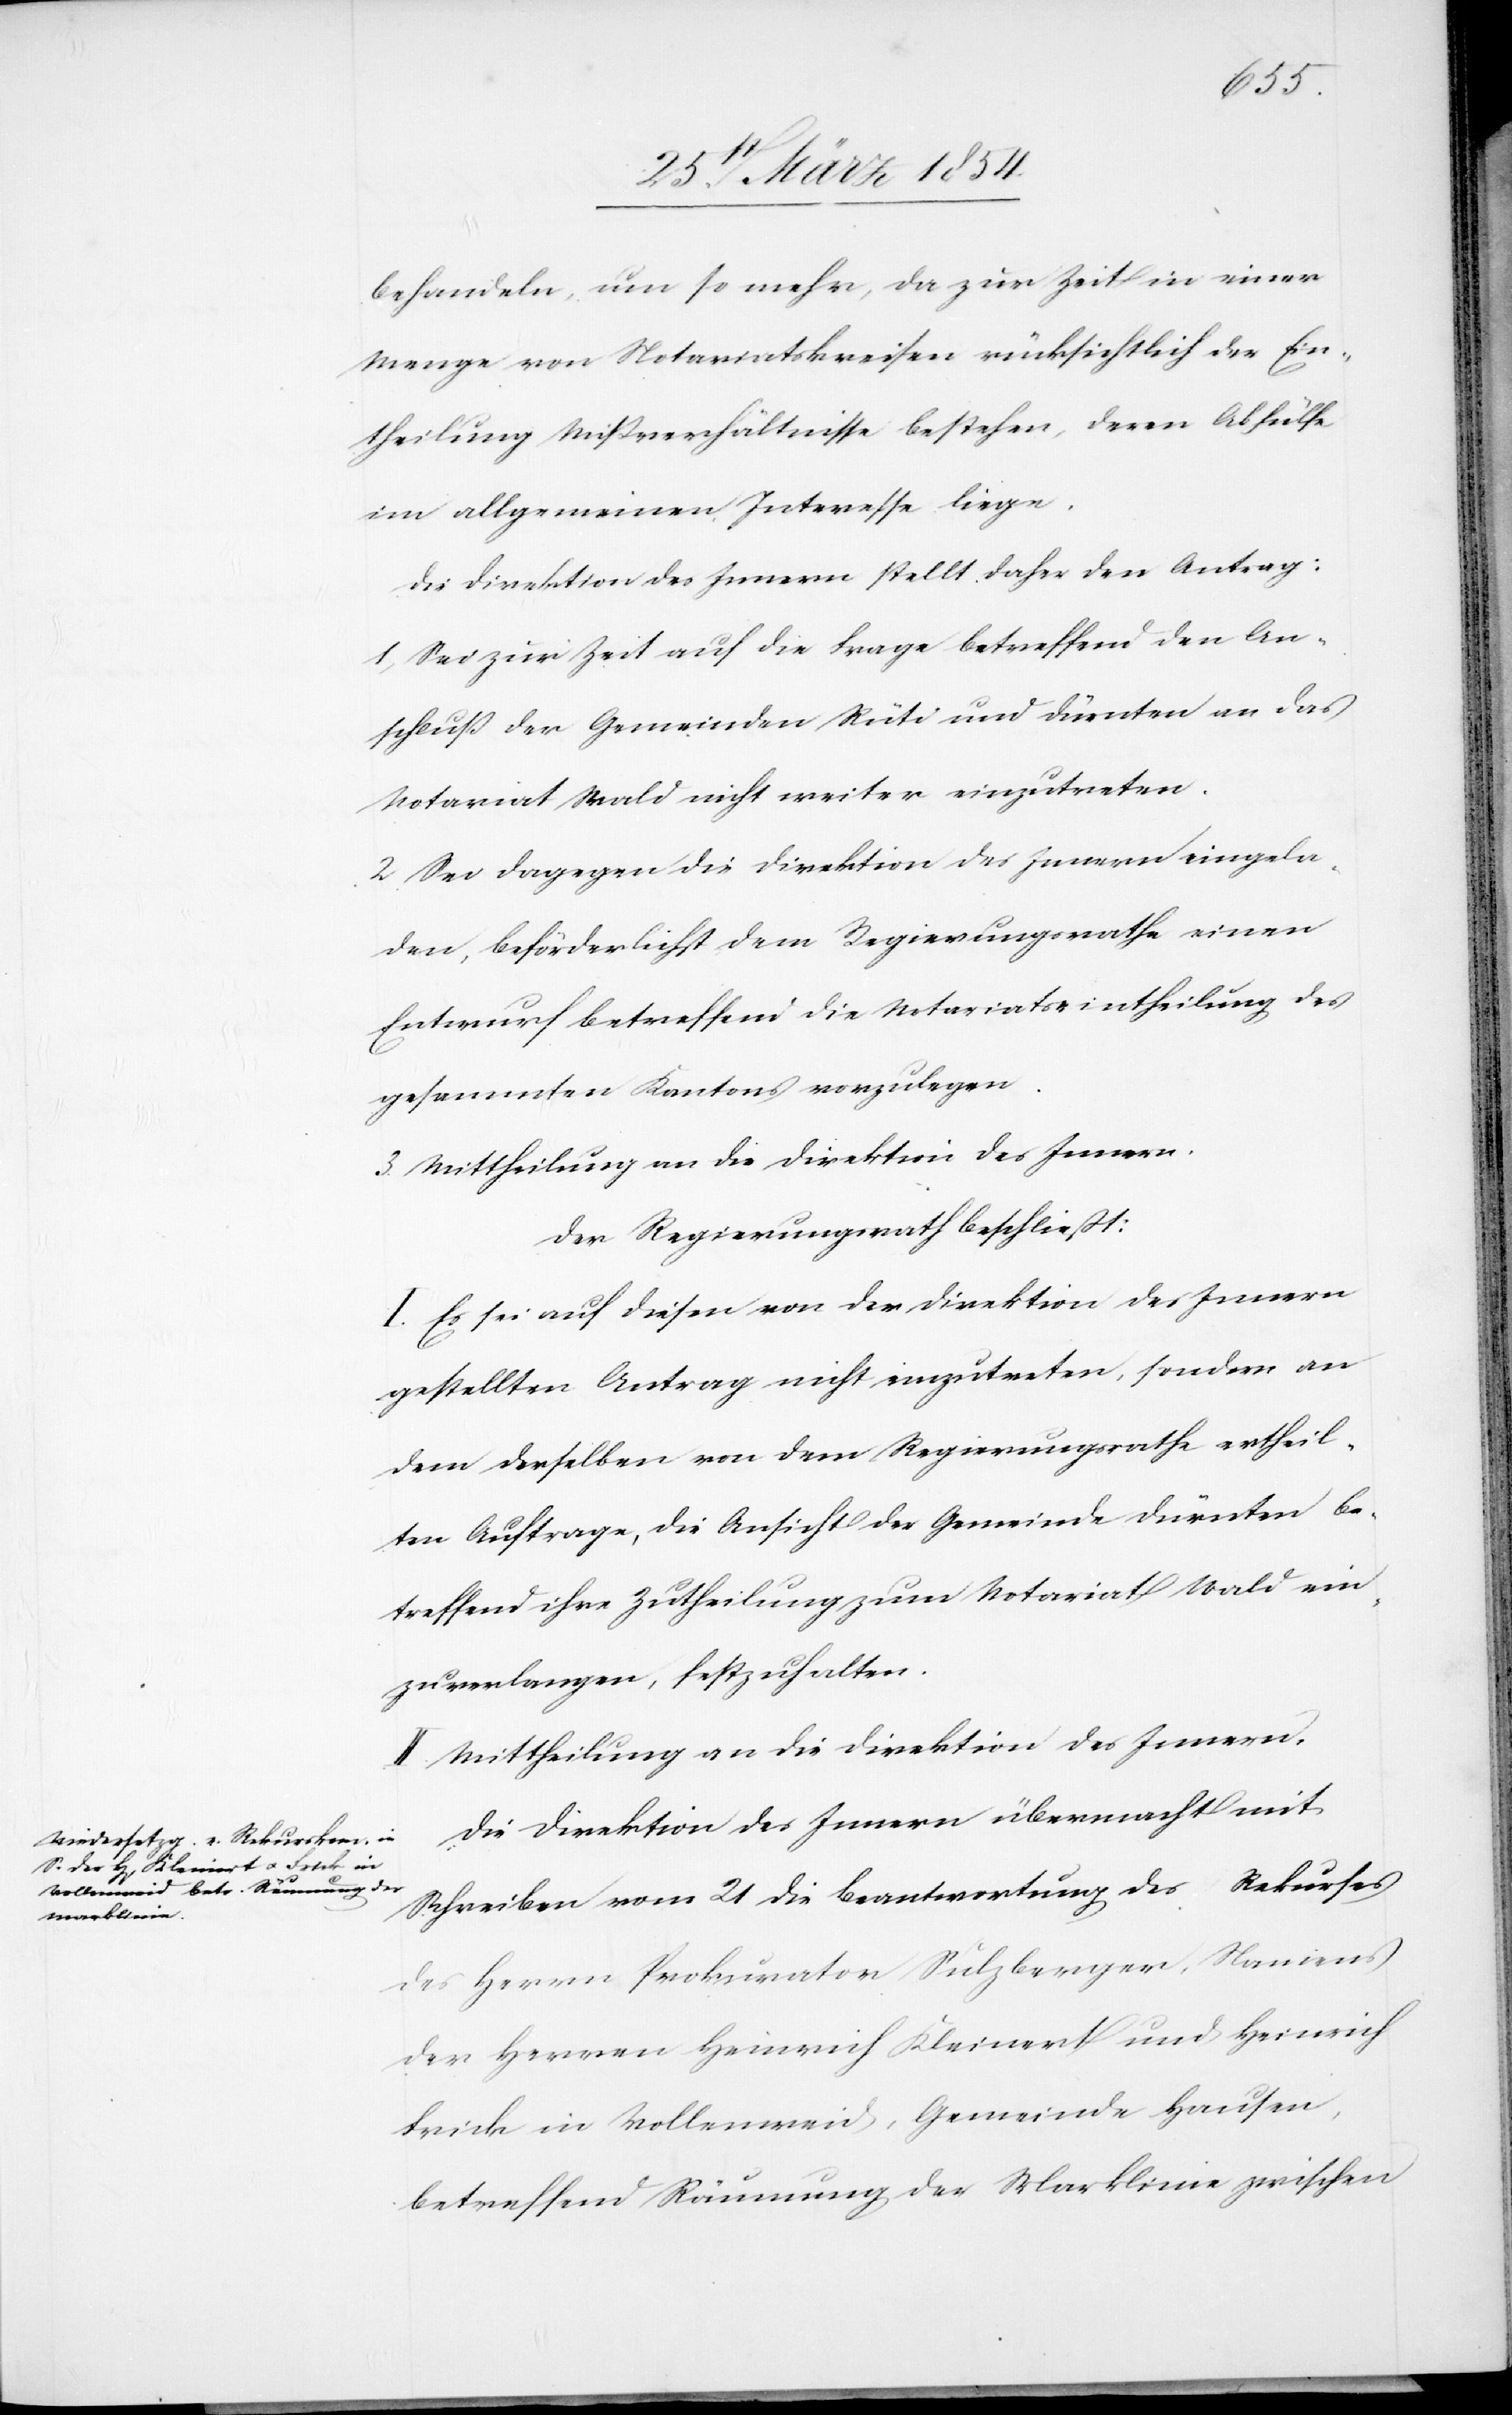
behandeln, um so mehr, da zur Zeit in einer
Menge von Notariatskreisen rücksichtlich der Ein¬
theilung Mißverhältnisse bestehen, deren Abhülfe
im allgemeine Interesse liege.
Die Direktion des Innern stellt daher den Antrag:
1. Sei zur Zeit auf die Frage betreffend den An¬
schluß der Gemeinden Rüti und Dürnten an das
Notariat Wald nicht weiter einzutreten.
2. Sei dagegen die Direktion des Innern eingela¬
den, beförderlichst dem Regierungsrathe einen
Entwurf betreffend die Notariatseintheilung des
gesammten Kantons vorzulegen.
3. Mittheilung an die Direktion des Innern.
Der Regierungsrath beschließt:
I. Es sei auf diesen von der Direktion des Innern
gestellten Antrag nicht einzutreten, sondern an
dem derselben von dem Regierungsrathe ertheil¬
ten Auftrage, die Ansicht der Gemeinde Dürnten be¬
treffend ihre Zutheilung zum Notariat Wald ein¬
zuverlangen, festzuhalten.
II. Mittheilung an die Direktion des Innern.
Die Direktion des Innern übermacht mit
Schreiben vom 21 die Beantwortung des Rekurses
des Herrn Prokurator Sulzberger, Namens
der Herren Heinrich Kleinert und Heinrich
Frick in Vollenweid, Gemeinde Hausen,
betreffend Räumung der Marklinie zwischen